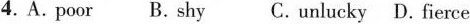
4. A.poor B.shy C.unlucky D.fierce